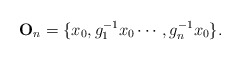
\begin{align*} \mathbf O_n = \{x_0, g_1^{-1}x_0\cdots, g_n^{-1}x_0\}.\end{align*}